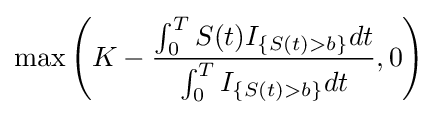
\max \left(K-{\frac {\int _{0}^{T}S(t)I_{\{S(t)>b\}}dt}{\int _{0}^{T}I_{\{S(t)>b\}}dt}},0\right)